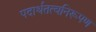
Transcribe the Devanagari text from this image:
पदार्थतत्वनिरूपण